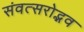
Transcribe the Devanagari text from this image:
संवत्सरोद्भव